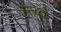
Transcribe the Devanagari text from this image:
भाब्दों